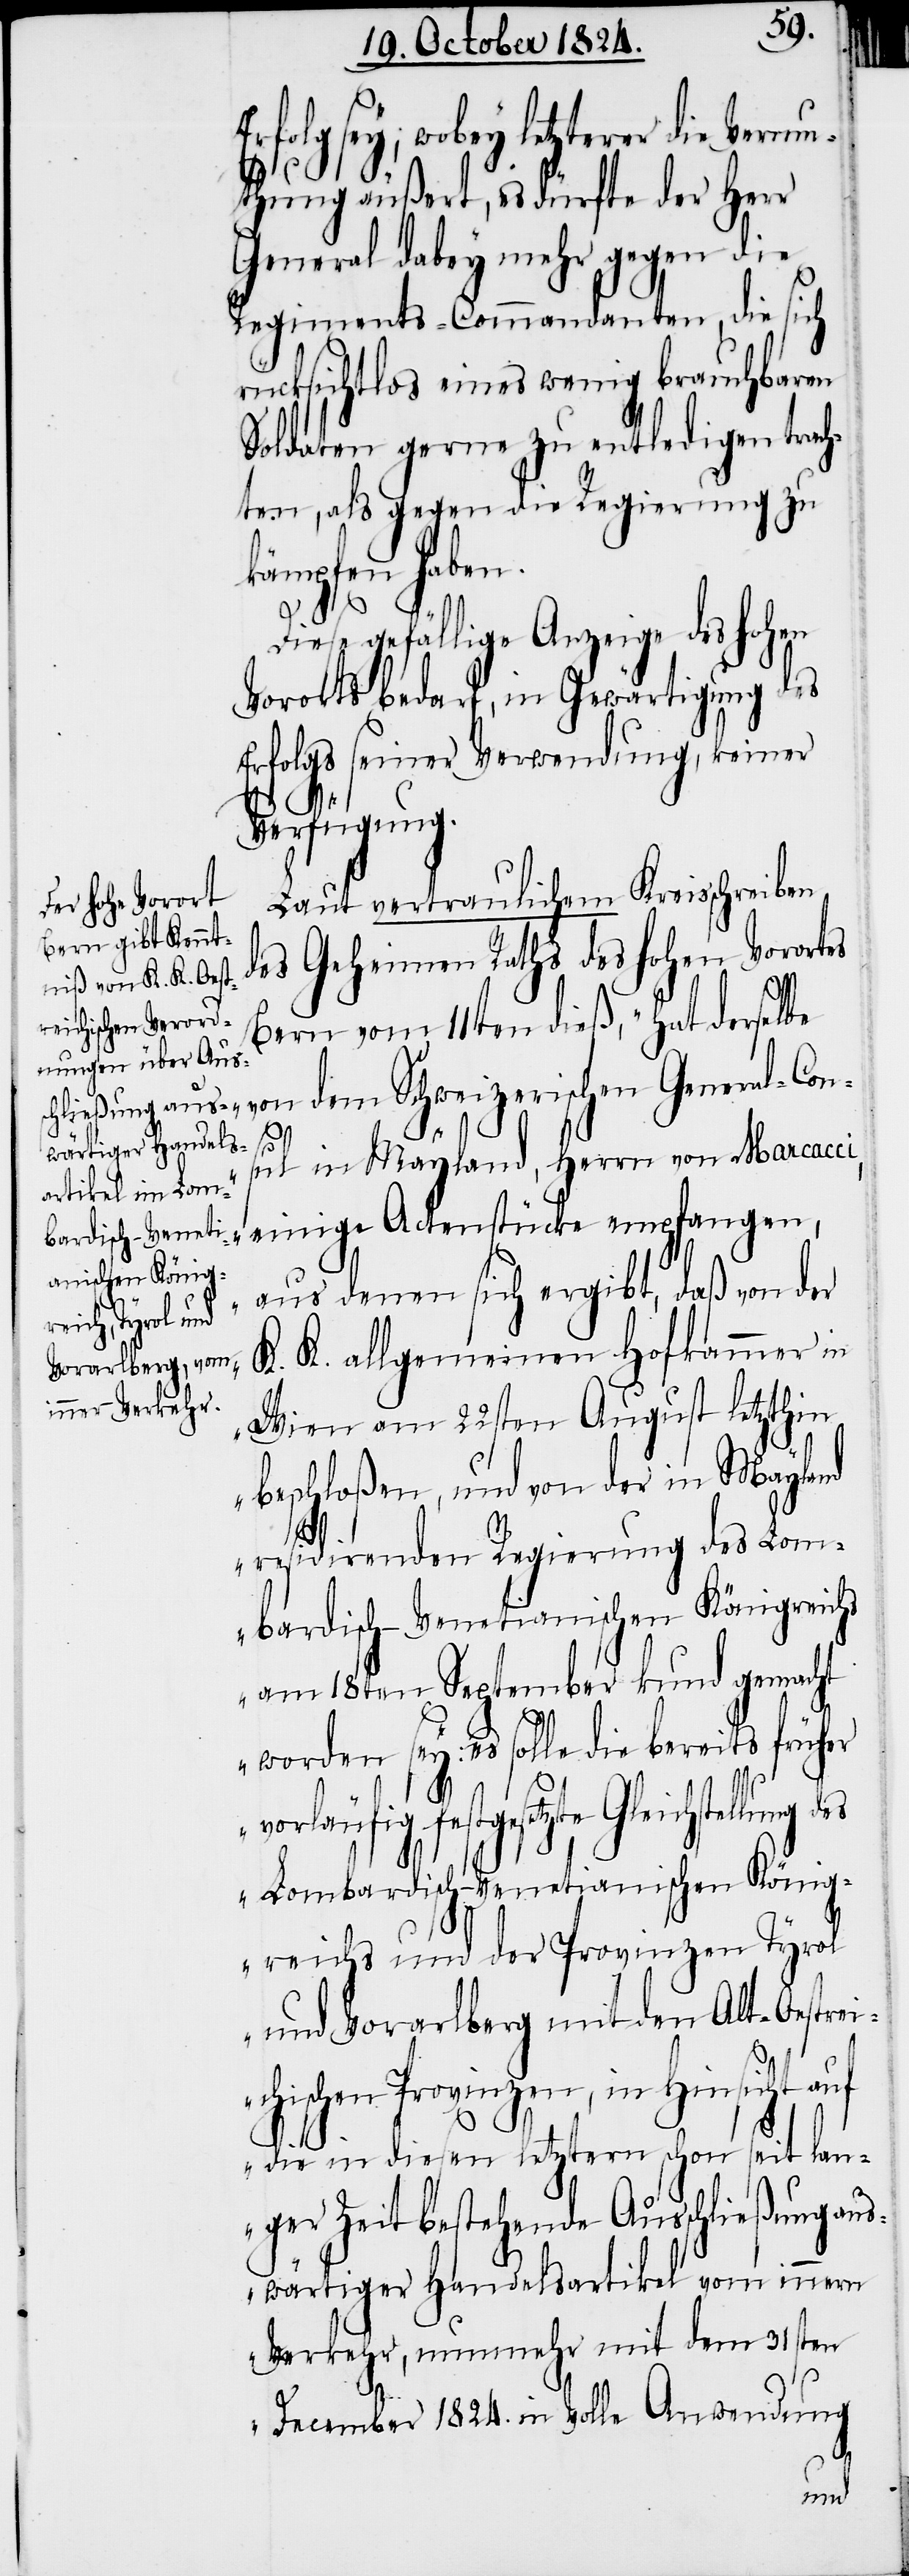
Erfolg sey; wobey letzterer die Vermu¬
thung äußert, es dürfte der Herr
General dabey mehr gegen die
Regiments-Commandanten, die sich
rücksichtslos eines wenig brauchbaren
Soldaten gerne zu entledigen trach¬
ten, als gegen die Regierung zu
kämpfen haben.
Diese gefällige Anzeige des Hohen
Vororts bedarf, in Gewärtigung des
Erfolgs seiner Verwendung, keiner
Verfügung.
Laut vertraulichem Kreisschreiben
des Geheimen Raths des Hohen Vorortes
Bern vom 11ten dieß, „hat derselbe
in Mayland, Herrn von Marcacci,
einige Actenstücke empfangen,
aus denen sich ergibt, daß von der
K. K. allgemeinen Hofkammer in
Wien am 22sten August letzthin
beschloßen, und von der in Mayland
residirenden Regierung des Lom¬
bardisch-Venetianischen Königreichs
am 18ten September kund gemacht
worden sey: es solle die bereits früher
vorläufig festgesetzte Gleichstellung
Lombardisch-Venetianischen König¬
reichs und der Provinzen Tyrol
und Vorarlberg mit den Alt-Oestrei¬
chischen Provinzen, in Hinsicht auf
die in diesen letztern schon seit lan¬
ger Zeit bestehende Ausschließung aus¬
wärtiger Handelsartikel vom innern
Verkehr, nunmehr mit dem 31sten
December 1824. in Volle Anwendung
dem